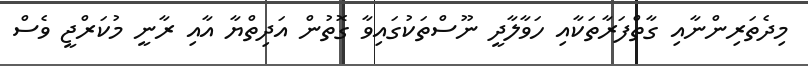
މިދެތަރިންނާއި ގާތްފަރާތަކާއި ހަވާލާދީ ނޫސްތަކުގައިވާ ގޮތުން އަދިތްޔާ އާއި ރާނީ މުކަރްޖީ ވެސް